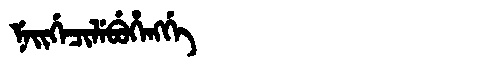
Manchu: ᠨᡝᡳᡤᡝᠴᡳᠯᡝᠪᡠᡥᡝᠩᡤᡝ
Romanization: NEIGECILEBUHENGGE